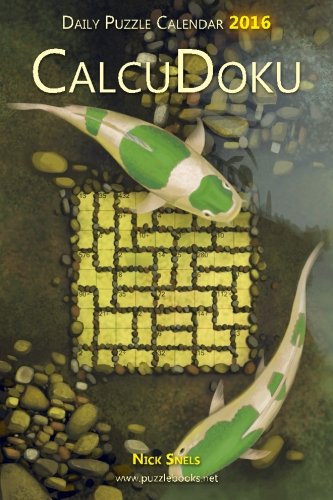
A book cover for Daily CalcuDoku Puzzle Calendar 2016 (Daily Puzzle Calendar 2016); Nick Snels; Calendars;